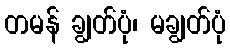
တမန် ချွတ်ပုံ၊ မချွတ်ပုံ